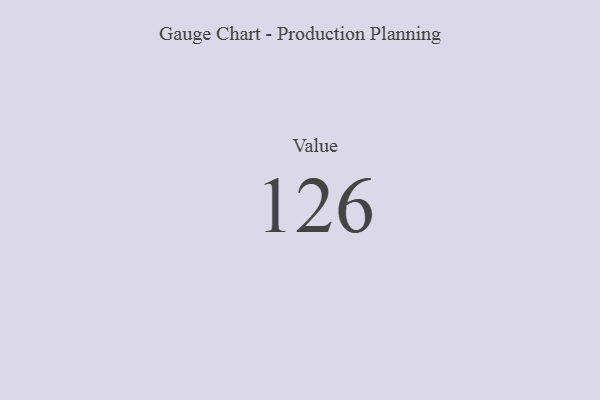
{"axis": {"x": "Metric", "y": "Value"}, "legend": [""], "data": [{"x": "Value", "y": 126, "type": ""}]}